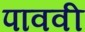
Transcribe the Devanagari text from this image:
पाववी